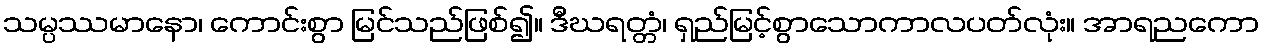
သမ္ပဿမာနော၊ ကောင်းစွာ မြင်သည်ဖြစ်၍။ ဒီဃရတ္တံ၊ ရှည်မြင့်စွာသောကာလပတ်လုံး။ အာရညကော